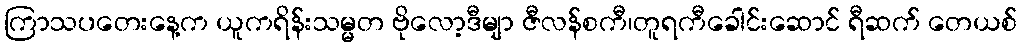
ကြာသပတေးနေ့က ယူကရိန်းသမ္မတ ဗိုလော့ဒီမျာ ဇီလန်စကီ၊တူရကီခေါင်းဆောင် ရီဆက် တေယစ်